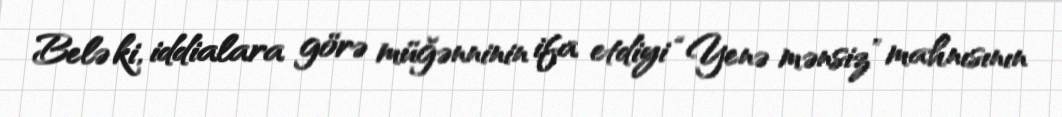
Belə ki, iddialara görə müğənninin ifa etdiyi “Yenə mənsiz” mahnısının